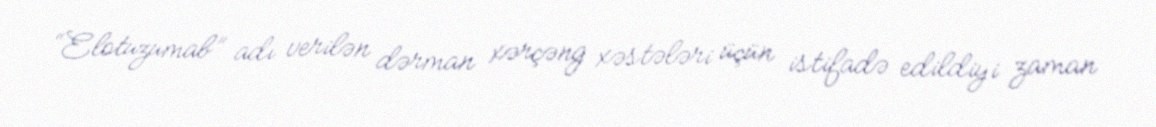
“Elotuzumab” adı verilən dərman xərçəng xəstələri üçün istifadə edildiyi zaman